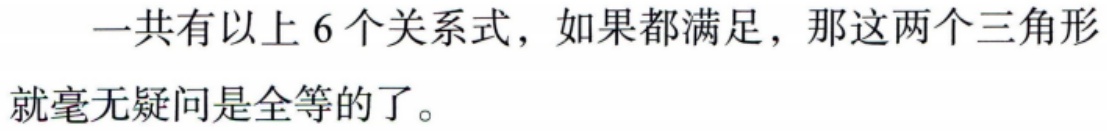
一共有以上 6 个关系式，如果都满足，那这两个三角形就毫无疑问是全等的了。